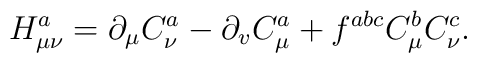
H_{\mu \nu }^a=\partial _\mu C_\nu ^a-\partial _vC_\mu ^a+f^{abc}C_\mu^bC_\nu ^c.